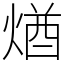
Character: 煪